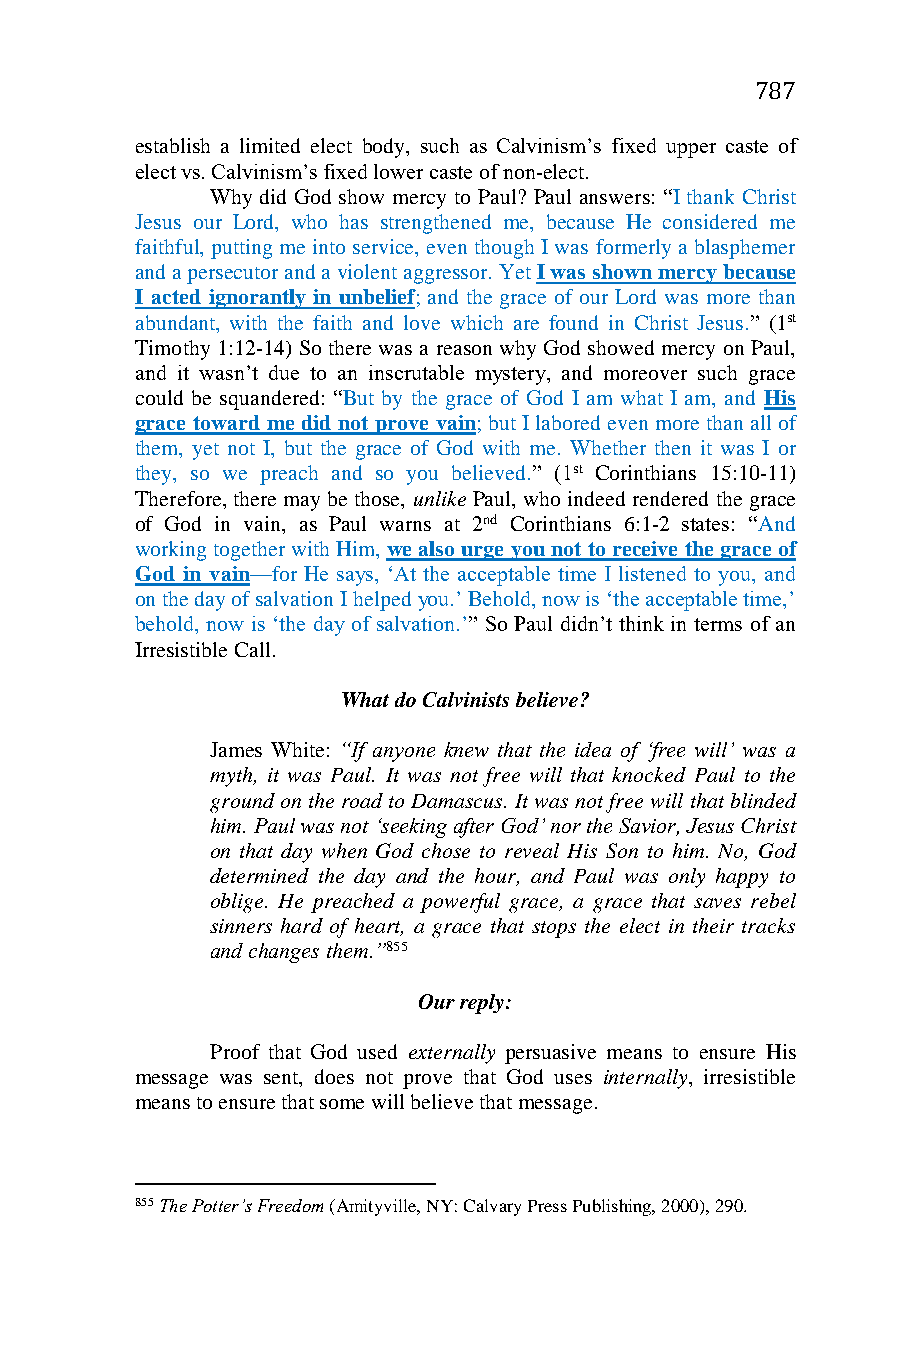
787
 establish a limited elect body, such as Calvinism’s fixed upper caste of
 elect vs. Calvinism’s fixed lower caste of non-elect.
 Why did God show mercy to Paul? Paul answers: “I thank Christ
 Jesus our Lord, who has strengthened me, because He considered me
 faithful, putting me into service, even though I was formerly a blasphemer
 and a persecutor and a violent aggressor. Yet I was shown mercy because
 I acted ignorantly in unbelief; and the grace of our Lord was more than
 abundant, with the faith and love which are found in Christ Jesus.” (1st
 Timothy 1:12-14) So there was a reason why God showed mercy on Paul,
 and it wasn’t due to an inscrutable mystery, and moreover such grace
 could be squandered: “But by the grace of God I am what I am, and His
 grace toward me did not prove vain; but I labored even more than all of
 them, yet not I, but the grace of God with me. Whether then it was I or
 they, so we preach and so you believed.” (1st Corinthians 15:10-11)
 Therefore, there may be those, unlike Paul, who indeed rendered the grace
 of God in vain, as Paul warns at 2nd Corinthians 6:1-2 states: “And
 working together with Him, we also urge you not to receive the grace of
 God in vain—for He says, ‘At the acceptable time I listened to you, and
 on the day of salvation I helped you.’ Behold, now is ‘the acceptable time,’
 behold, now is ‘the day of salvation.’” So Paul didn’t think in terms of an
 Irresistible Call.
 What do Calvinists believe?
 James White: “If anyone knew that the idea of ‘free will’ was a
 myth, it was Paul. It was not free will that knocked Paul to the
 ground on the road to Damascus. It was not free will that blinded
 him. Paul was not ‘seeking after God’ nor the Savior, Jesus Christ
 on that day when God chose to reveal His Son to him. No, God
 determined the day and the hour, and Paul was only happy to
 oblige. He preached a powerful grace, a grace that saves rebel
 sinners hard of heart, a grace that stops the elect in their tracks
 and changes them.”855
 Our reply:
 Proof that God used externally persuasive means to ensure His
 message was sent, does not prove that God uses internally, irresistible
 means to ensure that some will believe that message.
 855 The Potter’s Freedom (Amityville, NY: Calvary Press Publishing, 2000), 290.